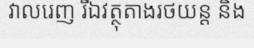
វាលរេញ រីឯវត្ថុតាងរថយន្ត និង